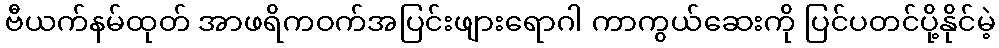
ဗီယက်နမ်ထုတ် အာဖရိကဝက်အပြင်းဖျားရောဂါ ကာကွယ်ဆေးကို ပြင်ပတင်ပို့နိုင်မဲ့